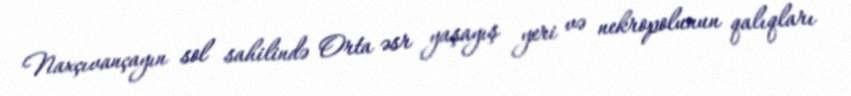
Naxçıvançayın sol sahilində Orta əsr yaşayış yeri və nekropolunun qalıqları